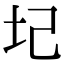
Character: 圮